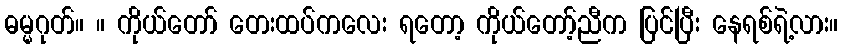
ဓမ္မဂုတ်။ ။ ကိုယ်တော် တေးထပ်ကလေး ရတော့ ကိုယ်တော့်ညီက ပြင်ပြီး နေရစ်ရဲ့လား။